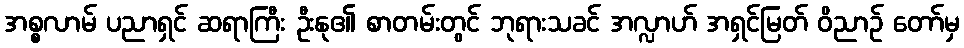
အစ္စလာမ် ပညာရှင် ဆရာကြီး ဦးနု၏ စာတမ်းတွင် ဘုရားသခင် အလ္လာဟ် အရှင်မြတ် ဝိညာဉ် တော်မှ